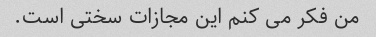
من فکر می کنم این مجازات سختی است.